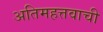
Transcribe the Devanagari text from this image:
अतिमहत्तवाची